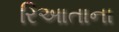
રિઆતાના